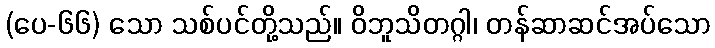
(ပေ-၆၆) သော သစ်ပင်တို့သည်။ ဝိဘူသိတဂ္ဂါ၊ တန်ဆာဆင်အပ်သော